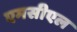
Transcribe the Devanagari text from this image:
एमसीएल